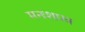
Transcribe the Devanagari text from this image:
मनःशास्त्र